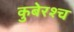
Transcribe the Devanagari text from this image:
कुबेरश्च